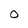
Character: 0